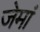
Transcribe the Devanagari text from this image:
जेमां